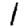
Digit: 1